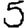
Digit: 5